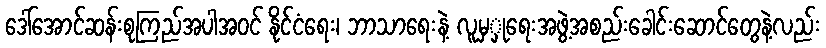
ဒေါ်အောင်ဆန်းစုကြည်အပါအဝင် နိုင်ငံရေး၊ ဘာသာရေးနဲ့ လူမှှုရေးအဖွဲ့အစည်းခေါင်းဆောင်တွေနဲ့လည်း